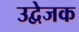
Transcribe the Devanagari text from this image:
उद्वेजक